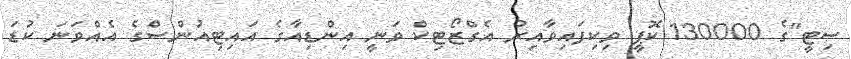
ސިޓީ"ގެ 130000 ކޮޕީ ވިކިފައިވާއިރު އެގްޒޯޓިކް ވަނީ އިންޑިއާގެ އައިޓިއުންސްގެ އެއްވަނަ ކުޑަ